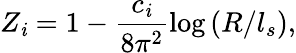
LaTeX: Z_{\mathit{i}}=1-\frac{{c_{\mathit{i}}}}{{8\pi^{2}}}\mathrm{{log}}\left(R/l_{s}\right),